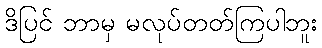
ဒိပြင် ဘာမှ မလုပ်တတ်ကြပါဘူး